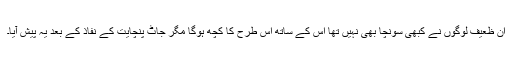
ان ظعیف لوگوں نے کبھی سونچا بھی نہیں تھا اس کے ساتھ اس طرح کا کچھ ہوگا مگر جاٹ پنچایت کے نفاذ کے بعد یہ پیش آیا۔